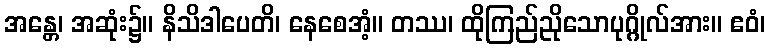
အန္တေ၊ အဆုံး၌။ နိသိဒါပေတိ၊ နေစေအံ့။ တဿ၊ ထိုကြည်ညိုသောပုဂ္ဂိုလ်အား။ ဧဝံ၊